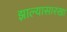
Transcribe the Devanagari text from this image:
झाल्यासारखा